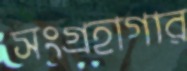
সংগ্রহাগার